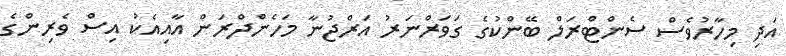
އަދި މިހާރުވެސް ސެންޓްރަލް ބޭންކުގެ ގަވަރްނަރު އަރްޖުނާ މަހެންދްރަން އާއިއެކު އިސް ވެރިންގެ